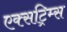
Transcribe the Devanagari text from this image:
एक्सट्रिम्स